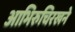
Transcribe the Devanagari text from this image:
आभिरुचिरखने